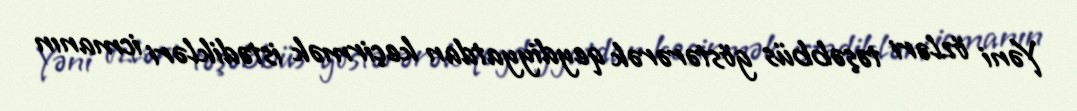
Yəni özləri təşəbbüs göstərərək qeydiyyatdan keçirmək istədikləri icmanın